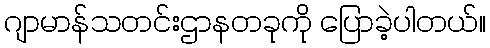
ဂျာမာန်သတင်းဌာနတခုကို ပြောခဲ့ပါတယ်။